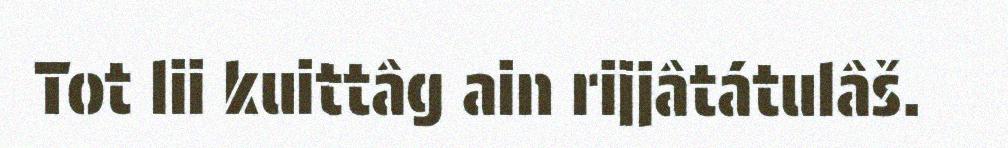
Tot lii kuittâg ain rijjâtátulâš.